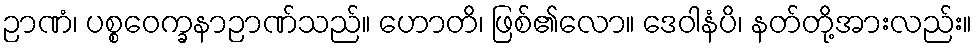
ဉာဏံ၊ ပစ္စဝေက္ခနာဉာဏ်သည်။ ဟောတိ၊ ဖြစ်၏လော။ ဒေဝါနံပိ၊ နတ်တို့အားလည်း။